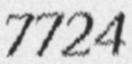
7724